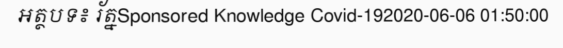
អត្ថបទ៖ រ័ត្នSponsored Knowledge Covid-192020-06-06 01:50:00